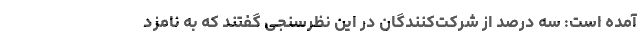
آمده است: سه درصد از شرکت‌کنندگان در این نظرسنجی گفتند که به نامزد